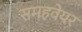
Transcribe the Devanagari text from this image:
समहवेयर